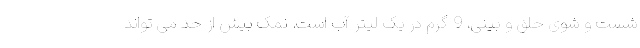
شست و شوی حلق و بینی، 9 گرم در یک لیتر آب است. نمک بیش از حد می تواند